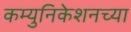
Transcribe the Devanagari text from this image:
कम्युनिकेशनच्या